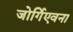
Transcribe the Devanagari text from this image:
जोर्गिएवना